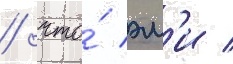
/ что́ эм'и /